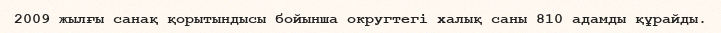
2009 жылғы санақ қорытындысы бойынша округтегі халық саны 810 адамды құрайды.